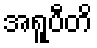
အရူပီတိ